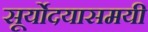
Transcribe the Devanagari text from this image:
सूर्योदयासमयी